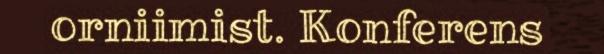
orniimist. Konferens